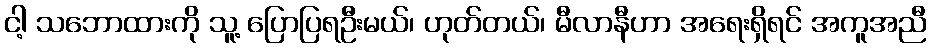
ငါ့ သဘောထားကို သူ့ ပြောပြရဦးမယ်၊ ဟုတ်တယ်၊ မီလာနီဟာ အရေးရှိရင် အကူအညီ